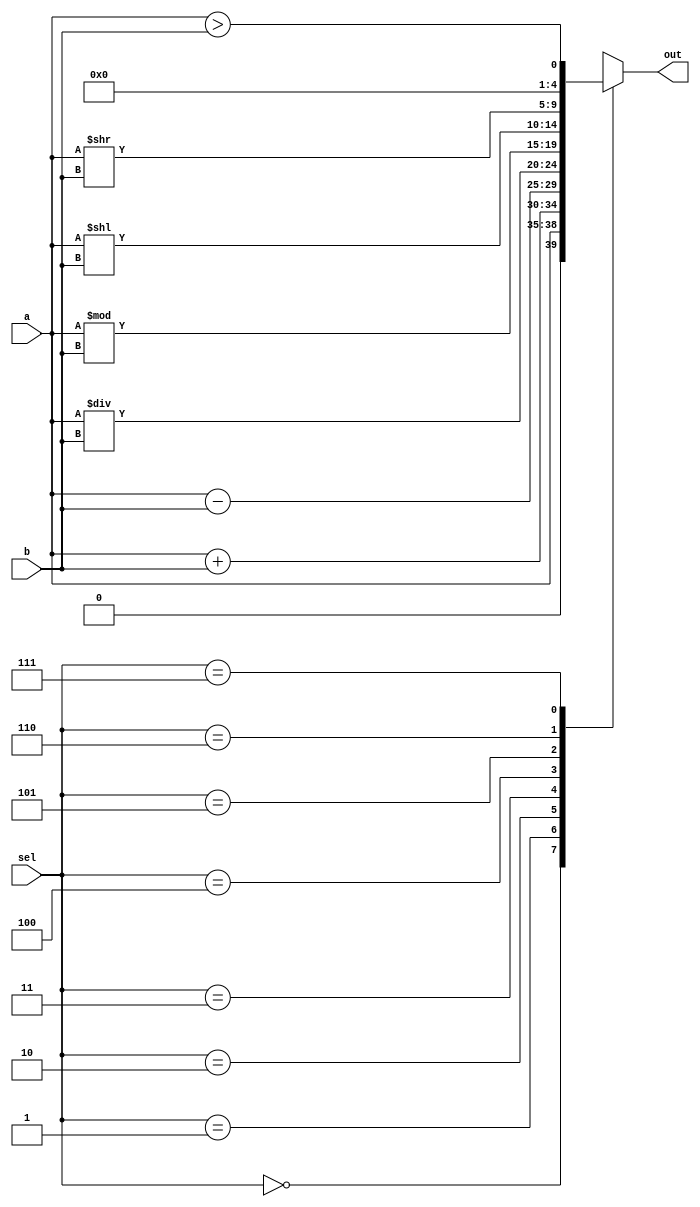
module ALU(
  input  [3:0] a,b,
  input  [2:0] sel,
  output reg [4:0] out);
  
  always @(*) begin
    
    case(sel)
      
      3'b000 : out =a;
      3'b001 : out =a+b;
      3'b010 : out =a-b;
      3'b011 : out =a/b;
      3'b100 : out =a%b;
      3'd5 : out =a<<b;
      3'b110 : out =a>>b;
      3'b111 : out =a > b;
    endcase
    
  end
  
endmodule